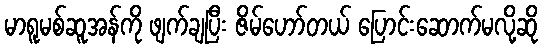
မာရူမစ်ဆူအန်ကို ဖျက်ချပြီး ဇိမ်ဟော်တယ် ပြောင်းဆောက်မလို့ဆို